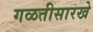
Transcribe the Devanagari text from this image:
गळतीसारखे